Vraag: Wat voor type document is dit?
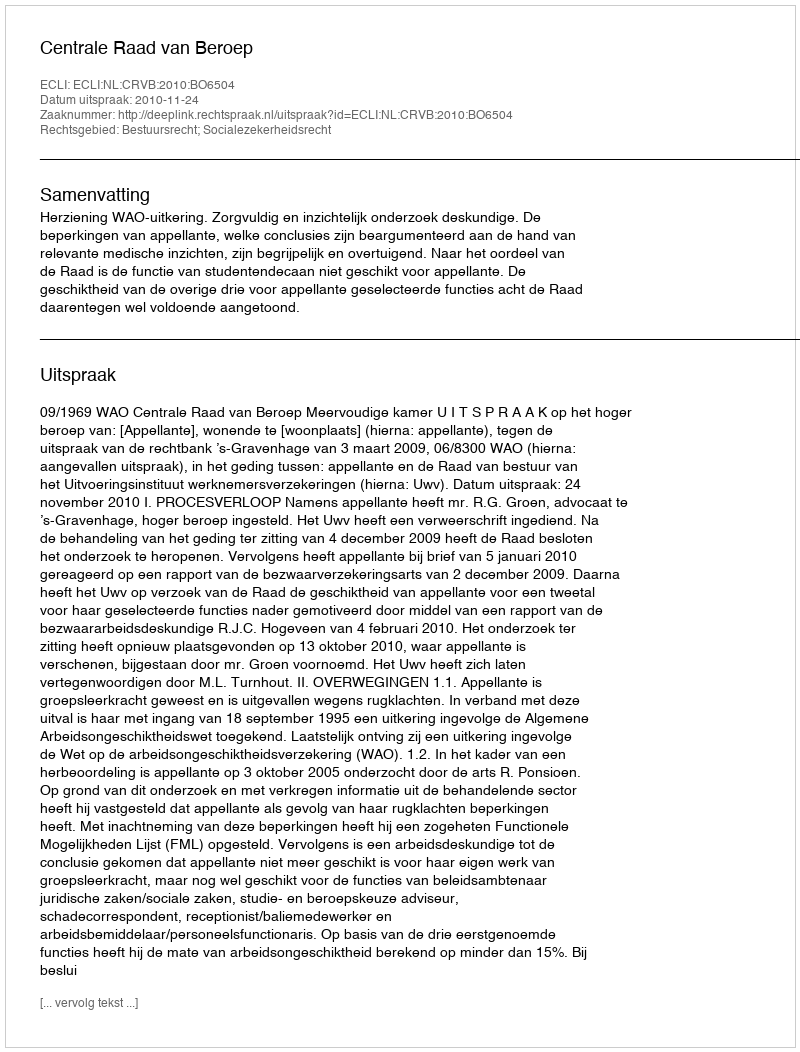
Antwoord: Uitspraak